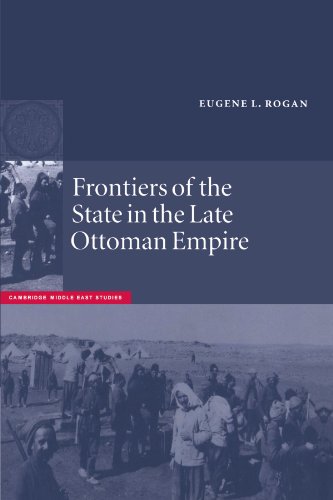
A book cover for Frontiers of the State in the Late Ottoman Empire: Transjordan, 1850-1921 (Cambridge Middle East Studies); Eugene L. Rogan; History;